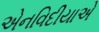
એનવિદીયાએ